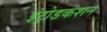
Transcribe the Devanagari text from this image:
इंट्रोडकशन